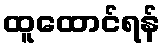
ထူထောင်ရန်